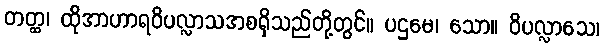
တတ္ထ၊ ထိုအာဟာရဝိပလ္လာသအစရှိသည်တို့တွင်။ ပဌမေ၊ သော။ ဝိပလ္လာသေ၊